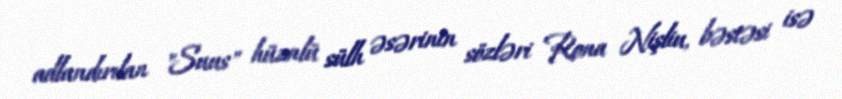
adlandırılan "Suus" hüznlü sülh əsərinin sözləri Rona Nişliu, bəstəsi isə